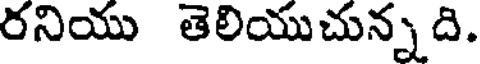
రనియు తెలియుచున్నది.